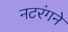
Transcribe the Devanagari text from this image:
नटरंगने